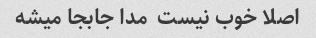
اصلا خوب نیست  مدا جابجا میشه